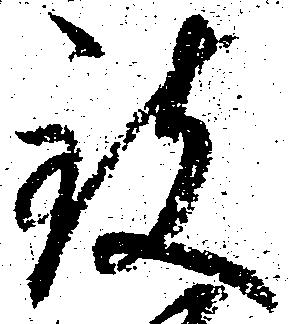
致